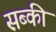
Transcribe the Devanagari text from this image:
सब्की